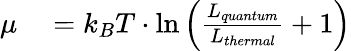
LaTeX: \begin{array}{rl}{\mu}&{{}=k_{B}T\cdot\ln\left(\frac{L_{quantum}}{L_{thermal}}+1\right)}\end{array}